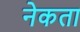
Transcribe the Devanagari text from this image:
नेकता